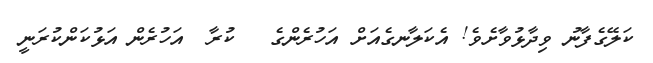
ކަލޭގެފާނު ވިދާޅުވާށެވެ! އެކަލާނގެއަށް އަހުރެންގެ   ކުރާ  އަހުރެން އަޅުކަންކުރަނީ